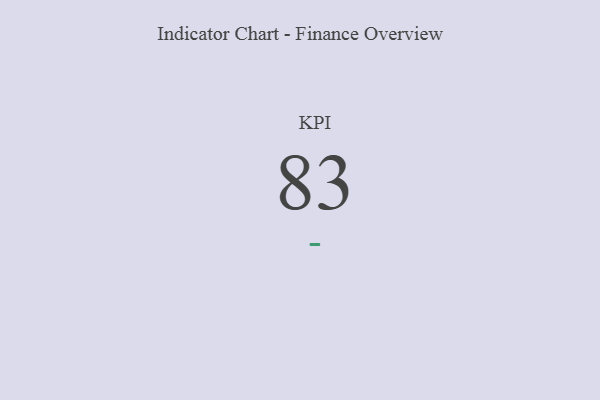
{"axis": {"x": "KPI", "y": "Value"}, "legend": [""], "data": [{"x": "KPI", "y": 83, "type": ""}]}